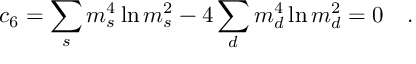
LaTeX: c _ { 6 } = \sum _ { s } m _ { s } ^ { 4 } \ln m _ { s } ^ { 2 } - 4 \sum _ { d } m _ { d } ^ { 4 } \ln m _ { d } ^ { 2 } = 0 ~ ~ ~ .